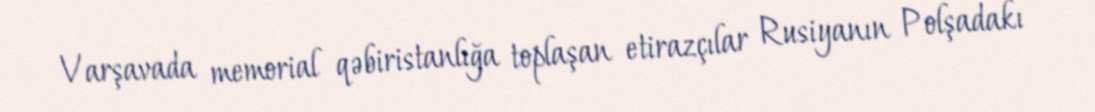
Varşavada memorial qəbiristanlığa toplaşan etirazçılar Rusiyanın Polşadakı